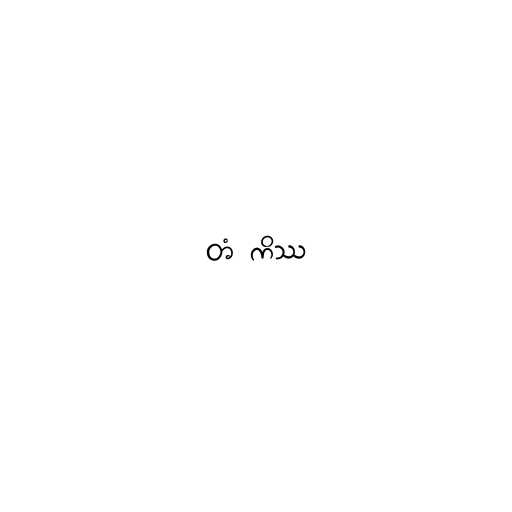
တံ ကိဿ